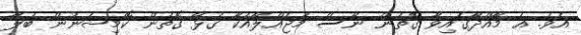
އެވެ. އެ މާއްދާގައިވާ ގޮތުން ނޫސް މަޖައްލާއަކާ ގުޅޭ ގޮތުން ކޮމިޝަނުން ބަލާ